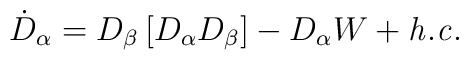
\dot{D}_{\alpha} =  D_{\beta}\left[ D_{\alpha}D_{\beta} \right]- D_{\alpha} W + {\it h.c.}